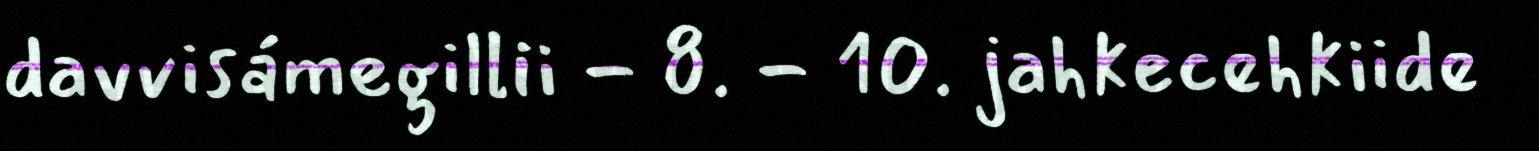
davvisámegillii - 8. - 10. jahkecehkiide